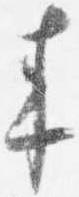
来